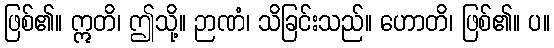
ဖြစ်၏။ ဣတိ၊ ဤသို့။ ဉာဏံ၊ သိခြင်းသည်။ ဟောတိ၊ ဖြစ်၏။ ပ။